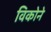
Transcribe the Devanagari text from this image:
विकोने